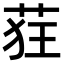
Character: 𫈃